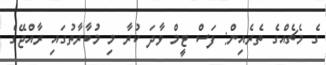
ގެ މެޗެއްގެ ތެރެއިން: ފަސް ޓީމް ވާދަ ކުރާ މި މުބާރާތުގައި ރާއްޖޭގެ